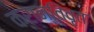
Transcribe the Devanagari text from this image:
क्रान्तिवृत